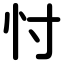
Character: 忖